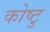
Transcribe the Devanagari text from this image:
कोष्टु